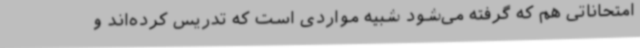
امتحاناتی هم که گرفته می‌شود شبیه مواردی است که تدریس کرده‌اند و